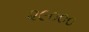
૨૯૦૦૦